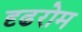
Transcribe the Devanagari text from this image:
दृढरोम